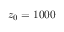
z _ { 0 } = 1 0 0 0